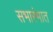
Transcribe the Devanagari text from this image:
सभारंभात